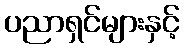
ပညာရှင်များနှင့်